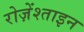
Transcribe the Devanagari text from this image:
रोज़ेंश्ताइन